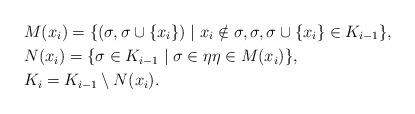
LaTeX: \begin{align*} & M(x_i) = \{ (\sigma, \sigma \cup \{x_i\}) \mid x_i \notin \sigma, \sigma, \sigma \cup \{x_i\} \in K_{i-1} \}, \\ & N(x_i) = \{ \sigma \in K_{i-1} \mid \sigma \in \eta \eta \in M(x_i)\}, \\ & K_i = K_{i-1} \setminus N(x_i). \end{align*}